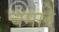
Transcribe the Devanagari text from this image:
चमाने